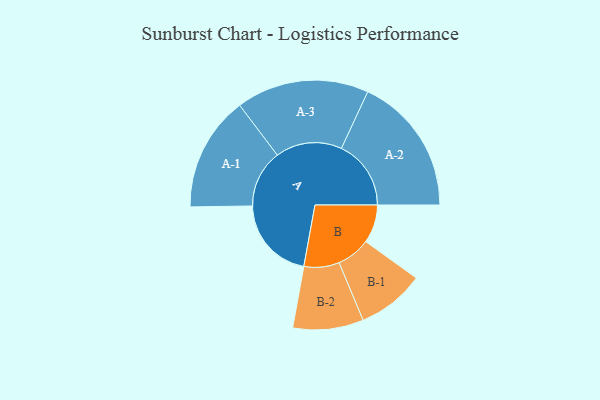
{"axis": {"x": "Segment", "y": "Value"}, "legend": ["", "A", "B"], "data": [{"x": "A", "y": 315, "type": ""}, {"x": "B", "y": 143, "type": ""}, {"x": "A-1", "y": 215, "type": "A"}, {"x": "A-2", "y": 260, "type": "A"}, {"x": "A-3", "y": 248, "type": "A"}, {"x": "B-1", "y": 126, "type": "B"}, {"x": "B-2", "y": 132, "type": "B"}]}